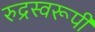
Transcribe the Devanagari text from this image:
रुद्रस्वरूपी